Vaccination in Bombay 1924-1928 - 1924-1928
Year: 1924
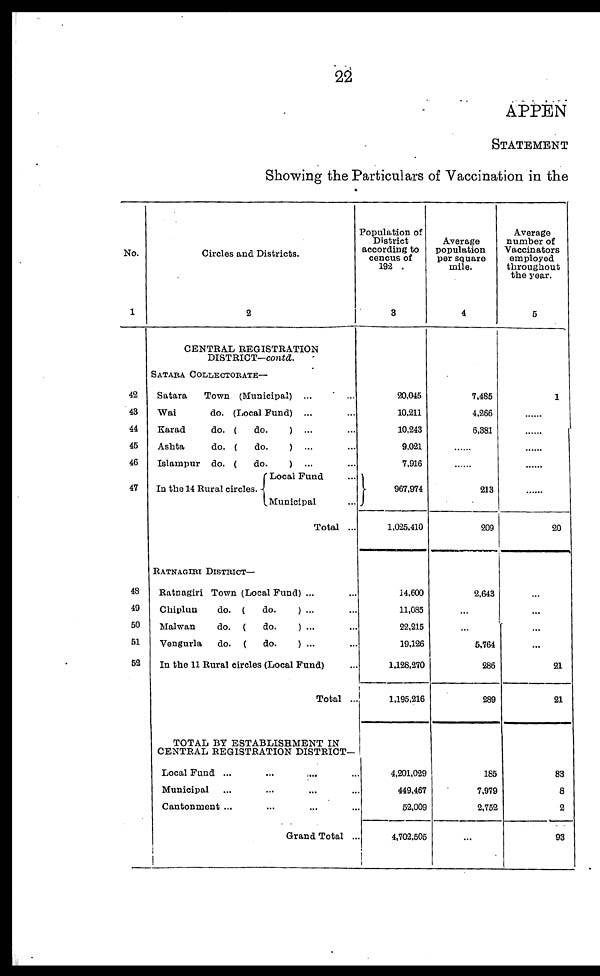
22
APPEN
STATEMENT
Showing the Particulars of Vaccination in the
No.
1
42
43
44
45
46
47
48
49
50
51
52
Circles and Districts.
2
CENTRAL REGISTRATION
DISTRICT—contd.
SATARA COLLECTORATE—
Satara
Town (Municipal) ... ...
Wai
do. (Local Fund) ... ...
Karad
do. (
do.
) ... ...
Ashta
do. (
do.
) ... ...
Islampur do. (
do.
) ... ...
In the 14 Rural circles.
Local Fund ...
Municipal ...
Total ...
RATNAGIRI DISTRICT—
Ratnagiri Town (Local Fund) ... ...
Chiplun
do. (
do.
) ... ...
Malwan
do. (
do.
) ... ...
Vengurla
do. (
do.
) ... ...
In the 11 Rural circles (Local Fund) ...
Total ...
TOTAL BY ESTABLISHMENT IN
CENTRAL REGISTRATION DISTRICT-
Local Fund ... ... ... ...
Municipal ... ... ... ...
Cantonment ... ... ... ...
Grand Total ...
Population of
District
according to
cencus of
192 .
3
20,045
10,211
10,243
9,021
7,916
967,974
1,025,410
14,600
11,085
22,215
19,126
1,128,270
1,195,216
4,201,029
449,467
52,009
4,702,505
Average
population
per square
mile.
4
7,485
4,266
6,381
......
......
213
209
2,643
...
...
5,764
286
289
185
7,979
2,752
...
Average
number of
Vaccinators
employed
throughout
the year.
5
1
......
......
......
......
......
20
...
...
...
...
21
21
83
8
2
93